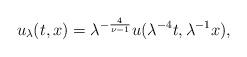
LaTeX: \begin{align*}u_\lambda(t,x)= \lambda^{-\frac{4}{\nu-1}} u( \lambda^{-4} t, \lambda^{-1} x), \end{align*}